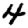
Digit: 4